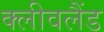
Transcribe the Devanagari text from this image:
क्‍लीवलैंड